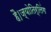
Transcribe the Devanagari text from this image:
है।ज्योतिर्लिंग